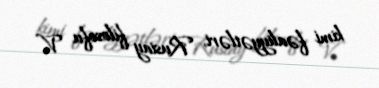
kimi fəaliyyətləri, Rusiay filosofu V.